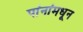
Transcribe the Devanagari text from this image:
पांनांमधून